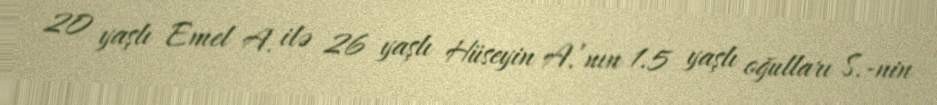
20 yaşlı Emel A. ilə 26 yaşlı Hüseyin A.’nın 1.5 yaşlı oğulları S.-nin